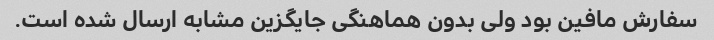
سفارش مافین بود ولی بدون هماهنگی جایگزین مشابه ارسال شده است.